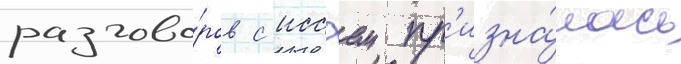
разгово́ров с иссэем пр'изна́лась